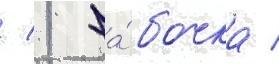
/ 1 ба́бочка /